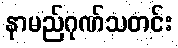
နာမည်ဂုဏ်သတင်း